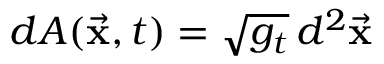
d A ( \vec { \bf x } , t ) = \sqrt { g _ { t } } \, d ^ { 2 } \vec { \bf x }